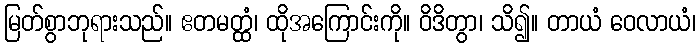
မြတ်စွာဘုရားသည်။ ဧတမတ္ထံ၊ ထိုအကြောင်းကို။ ဝိဒိတွာ၊ သိ၍။ တာယံ ဝေလာယံ၊